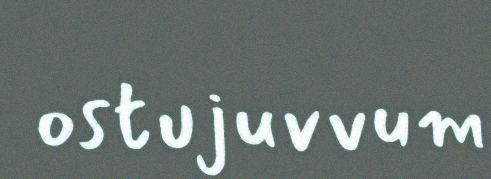
ostujuvvum